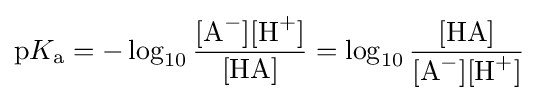
\mathrm {p} K_{{\ce {a}}}=-\log _{10}{\frac {[{\ce {A^-}}][{\ce {H^+}}]}{[{\ce {HA}}]}}=\log _{10}{\frac {{\ce {[HA]}}}{[{\ce {A^-}}][{\ce {H+}}]}}